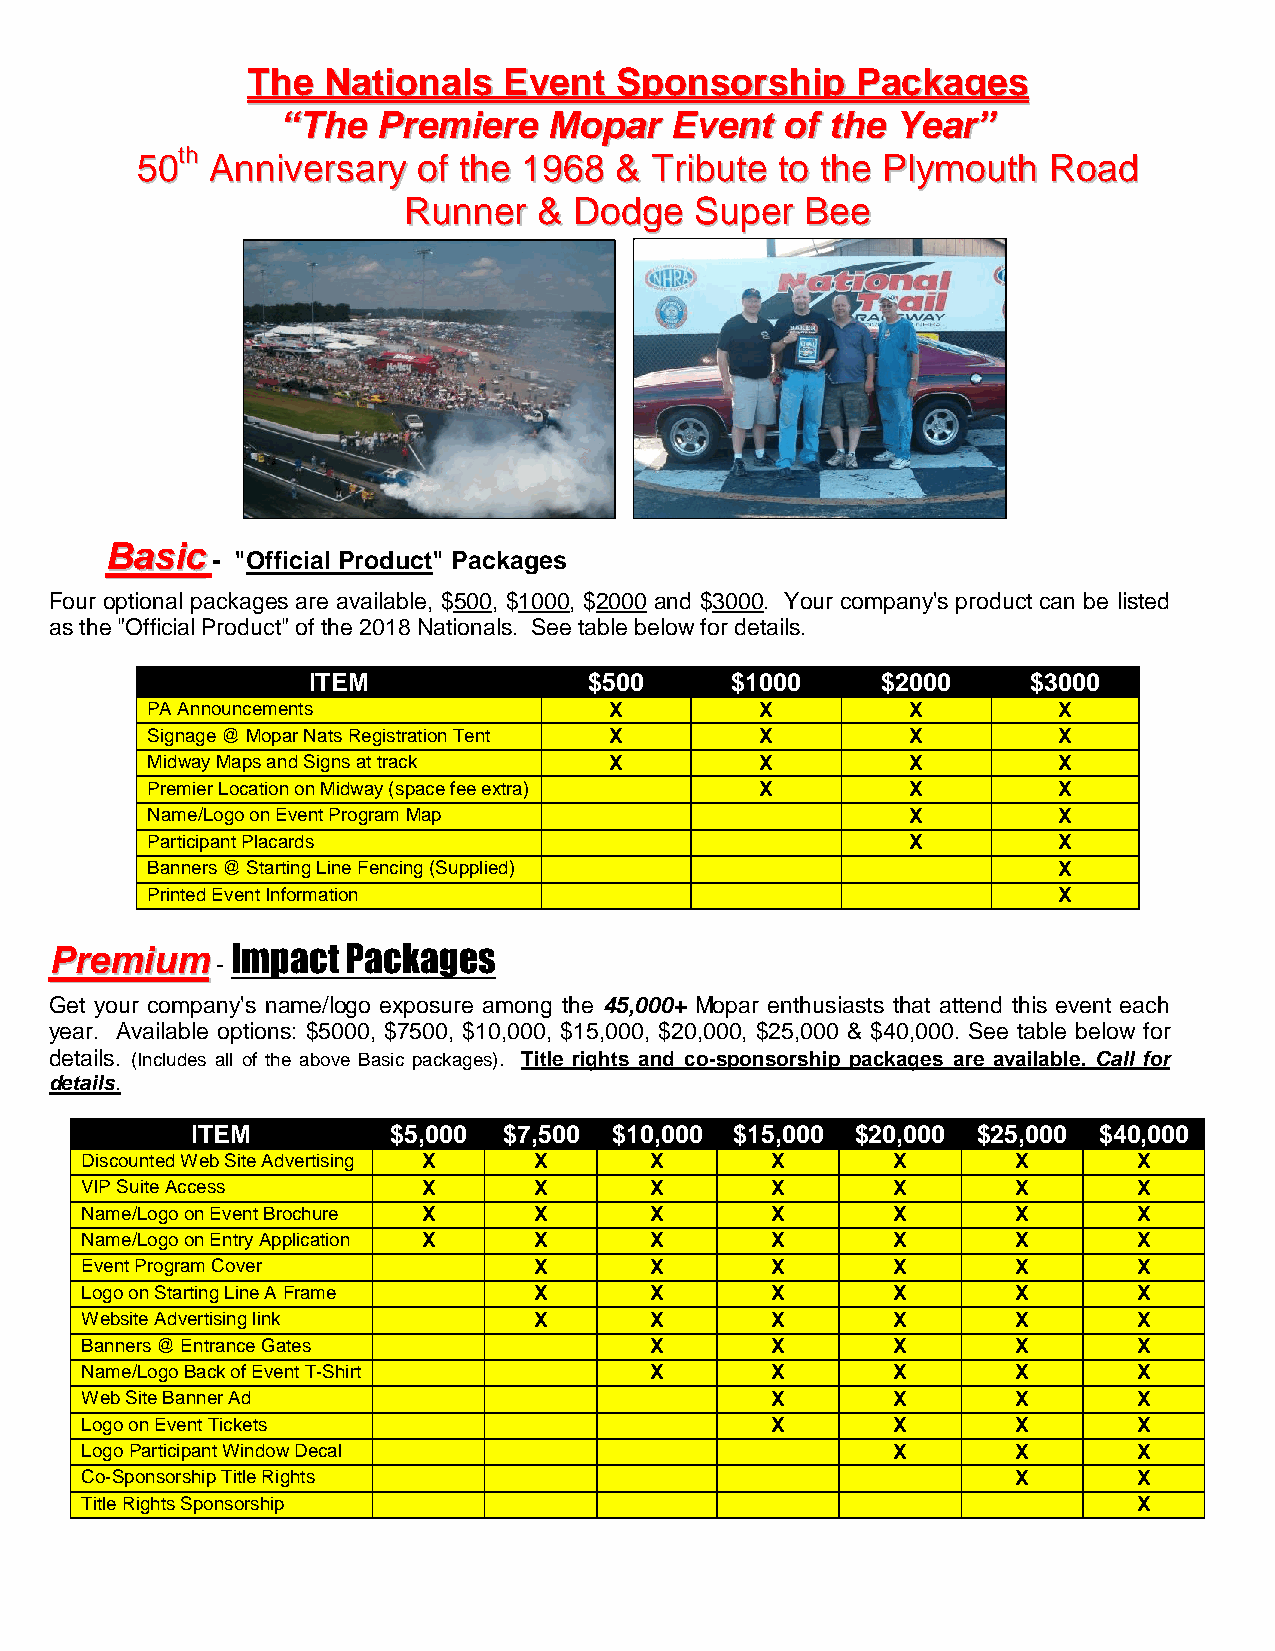
TThhee NNaattiioonnaallss EEvveenntt SSppoonnssoorrsshhiipp PPaacckkaaggeess
 ““TThhee PPrreemmiieerree MMooppaarr EEvveenntt ooff tthhee YYeeaarr””
 5500tthh
 AAnnnniivveerrssaarryy ooff tthhee 11996688 && TTrriibbuuttee ttoo tthhee PPllyymmoouutthh RRooaadd
 RRuunnnneerr && DDooddggee SSuuppeerr BBeeee
 BBaassiicc
 - "Official Product" Packages
 Four optional packages are available, $500, $1000, $2000 and $3000. Your company's product can be listed
 as the "Official Product" of the 2018 Nationals. See table below for details.
 ITEM               $500     $1000     $2000     $3000
 PA Announcements              X         X         X         X
 Signage @ Mopar Nats Registration Tent X X        X         X
 Midway Maps and Signs at track X        X         X         X
 Premier Location on Midway (space fee extra) X    X         X
 Name/Logo on Event Program Map                    X         X
 Participant Placards                              X         X
 Banners @ Starting Line Fencing (Supplied)                  X
 Printed Event Information                                   X
 PPrreemmiiuumm Impact Packages
 -
 Get your company's name/logo exposure among the 45,000+ Mopar enthusiasts that attend this event each
 year. Available options: $5000, $7500, $10,000, $15,000, $20,000, $25,000 & $40,000. See table below for
 details. (Includes all of the above Basic packages). Title rights and co-sponsorship packages are available. Call for
 details.
 ITEM         $5,000 $7,500  $10,000 $15,000 $20,000 $25,000 $40,000
 Discounted Web Site Advertising X X   X       X       X       X       X
 VIP Suite Access       X      X       X       X       X       X       X
 Name/Logo on Event Brochure X X       X       X       X       X       X
 Name/Logo on Entry Application X X    X       X       X       X       X
 Event Program Cover           X       X       X       X       X       X
 Logo on Starting Line A Frame X       X       X       X       X       X
 Website Advertising link      X       X       X       X       X       X
 Banners @ Entrance Gates              X       X       X       X       X
 Name/Logo Back of Event T-Shirt       X       X       X       X       X
 Web Site Banner Ad                            X       X       X       X
 Logo on Event Tickets                         X       X       X       X
 Logo Participant Window Decal                         X       X       X
 Co-Sponsorship Title Rights                                   X       X
 Title Rights Sponsorship                                              X